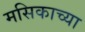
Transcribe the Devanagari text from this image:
मसिकाच्या